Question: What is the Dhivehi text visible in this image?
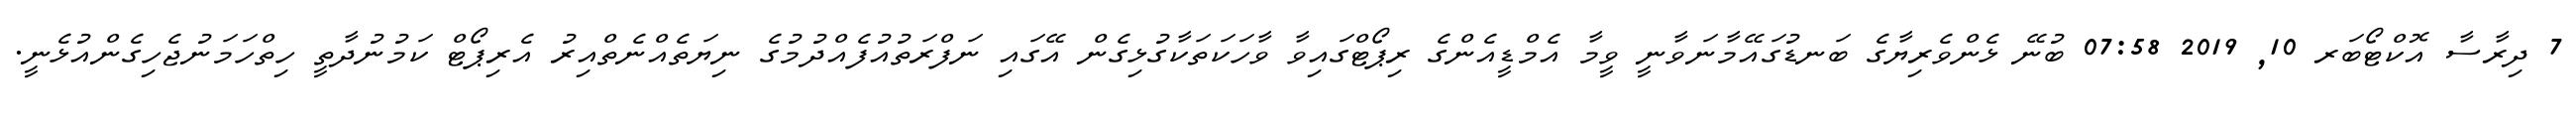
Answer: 7 ދިރާސާ އޮކްޓޯބަރ 10, 2019 07:58 ބުނޭ ޅެންވެރިޔާގެ ބަނޑުގައޭމާނަވާނީ ވީމާ އެމްޑީއެންގެ ރިޕޯޓްގައިވާ ވާހަކަތަކާގުޅިގެން އޭގައި ނަފްރަތުއުފެއްދުމުގެ ނިޔަތެއްނެތްއިރު އެރިޕޯޓް ކަމުނުދާތީ ހިތްހަމަނުޖެހިގެންއުޅެނީ.